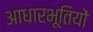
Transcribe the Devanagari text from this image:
आधारभूतियों